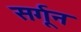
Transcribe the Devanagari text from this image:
सर्गून